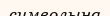
символына